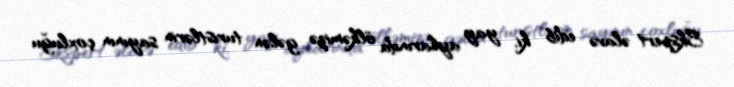
Ekspert əlavə edib ki, yay aylarında ölkəmizə gələn turistlərin sayının çoxluğu